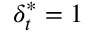
\delta _ { t } ^ { * } = 1